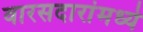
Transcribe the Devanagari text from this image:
वारसदारांमध्ये